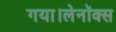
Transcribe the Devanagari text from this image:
गया।लेनॉक्स